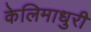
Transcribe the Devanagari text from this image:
केलिमाधुरी